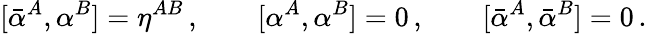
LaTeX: [\bar{\alpha}^{A},\alpha^{B}]=\eta^{AB}\, ,\qquad[\alpha^{A},\alpha^{B}]=0\, ,\qquad[\bar{\alpha}^{A},\bar{\alpha}^{B}]=0\, .